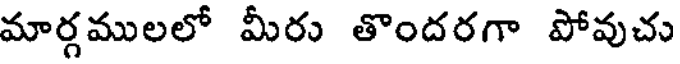
మార్గములలో మీరు తొందరగా పోవుచు